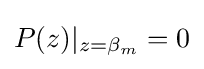
P(z)|_{z=\beta _{m}}=0